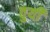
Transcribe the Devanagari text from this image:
वुयी